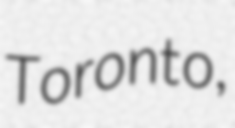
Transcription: Toronto,